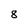
Character: 8